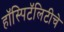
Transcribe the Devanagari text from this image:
हॉस्पिटॅलिटीचे